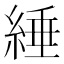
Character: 綞